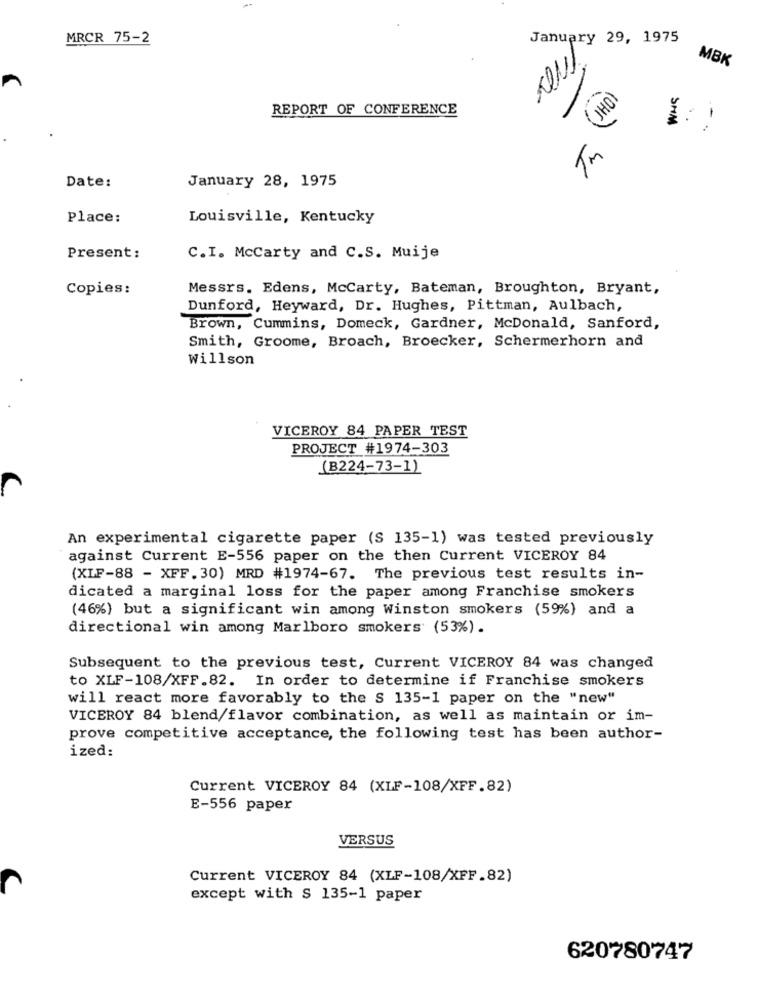
MRCR 75-2
January 29, 1975
MBK
REPORT OF CONFERENCE
SMM
January 28, 1975
Date:
Place:
Louisville, Kentucky
Present:
C.I. McCarty and C.S. Muije
Copies:
Messrs. Edens, McCarty, Bateman, Broughton, Bryant,
Dunford, Heyward, Dr. Hughes, Pittman, Aulbach,
Brown, Cummins, Domeck, Gardner, McDonald, Sanford,
Smith, Groome, Broach, Broecker, Schermerhorn and
Willson
VICEROY 84 PAPER TEST
PROJECT #1974-303
(B224-73-1)
An experimental cigarette paper (S 135-1) was tested previously
against Current E-556 paper on the then Current VICEROY 84
(XLF-88 - XFF.30) MRD #1974-67. The previous test results in-
dicated a marginal loss for the paper among Franchise smokers
(46%) but a significant win among Winston smokers (59%) and a
directional win among Marlboro smokers (53%).
Subsequent to the previous test, Current VICEROY 84 was changed
to XLF-108/XFF.82. In order to determine if Franchise smokers
will react more favorably to the S 135-1 paper on the "new"
VICEROY 84 blend/flavor combination, as well as maintain or im-
prove competitive acceptance, the following test has been author-
ized:
Current VICEROY 84 (XLF-108/XFF.82)
E-556 paper
VERSUS
Current VICEROY 84 (XLF-108/XFF.82)
except with $ 135-1 paper
620780747